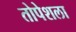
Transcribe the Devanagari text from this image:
तोपेशला